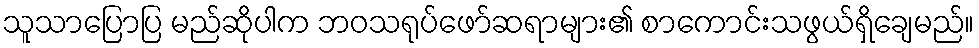
သူသာပြောပြ မည်ဆိုပါက ဘဝသရုပ်ဖော်ဆရာများ၏ စာကောင်းသဖွယ်ရှိချေမည်။